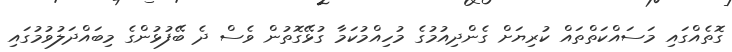
ގޮތެއްގައި މަސައްކަތްތައް ކުރިޔަށް ގެންދިއުމުގެ މުހިއްމުކަމާ ގުޅޭގޮތުން ވެސް ދެ ބޭފުޅުންގެ މިބައްދަލުވުމުގައި